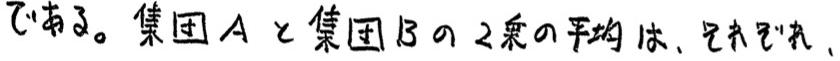
である。集団Aと集団Bの2乗の平均は、それぞれ、